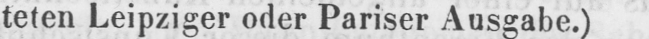
teten Leipziger oder Pariser Ausgabe.)